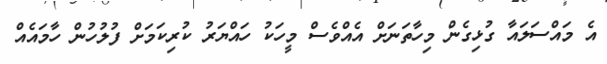
އެ މައްސަލައާ ގުޅިގެން މިހާތަނަށް އެއްވެސް މީހަކު ހައްޔަރު ކުރިކަމަށް ފުލުހުން ހާމައެއް